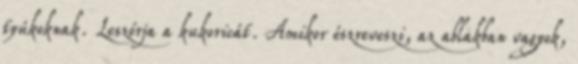
tyúkoknak. Leszórja a kukoricát. Amikor észreveszi, az ablakban vagyok,